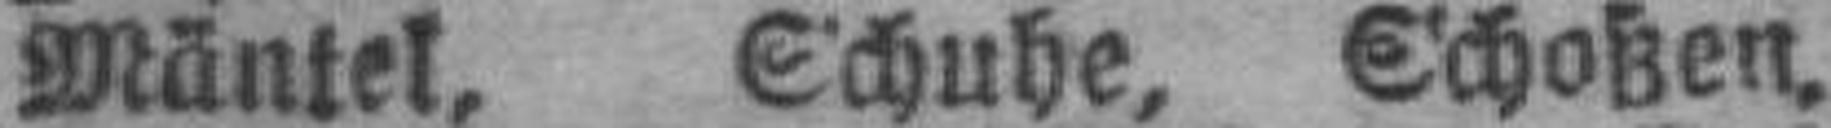
Mäntel, Schuhe, Schoßen,